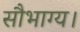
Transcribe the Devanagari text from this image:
सौभाग्य।